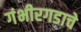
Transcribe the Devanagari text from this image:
गंभीरगडाचे